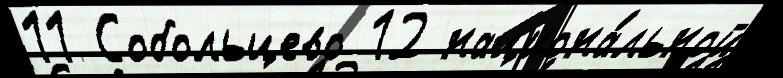
11 Собольцево 12 национа́льной